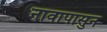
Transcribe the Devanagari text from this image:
नावापासुन